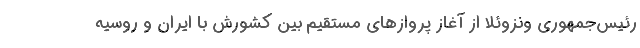
رئیس‌جمهوری ونزوئلا از آغاز پروازهای مستقیم بین کشورش با ایران و روسیه